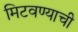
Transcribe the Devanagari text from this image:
मिटवण्याची